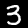
Digit: 3